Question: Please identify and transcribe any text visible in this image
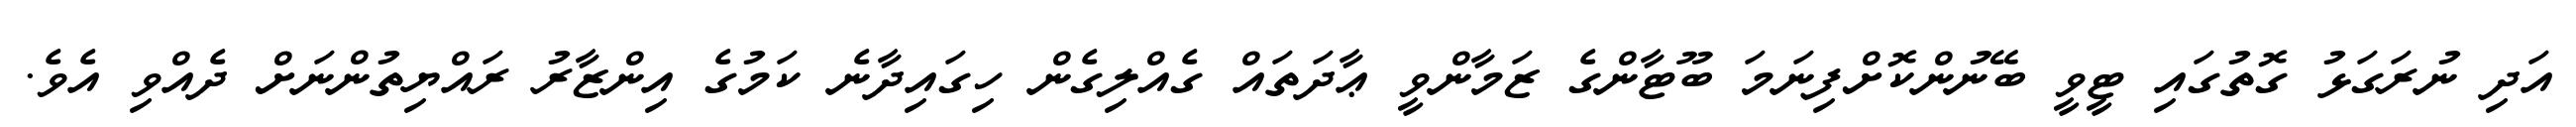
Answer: އަދި ނުރަގަޅު ގޮތުގައި ޓީވީ ބޭނުންކޮށްފިނަމަ ބޫޓާންގެ ޒަމާންވީ ޢާދަތައް ގެއްލިގެން ހިގައިދާނެ ކަމުގެ އިންޒާރު ރައްޔިތުންނަށް ދެއްވި އެވެ.